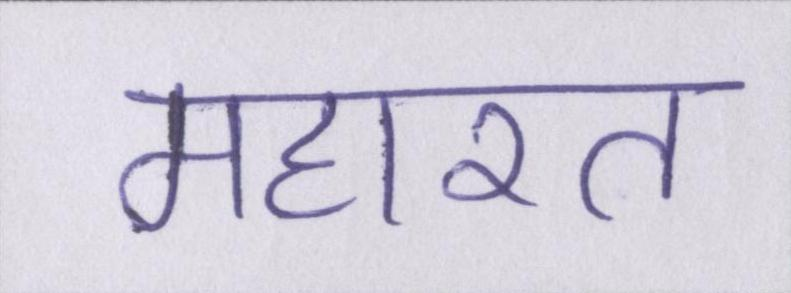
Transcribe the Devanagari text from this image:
महारत